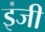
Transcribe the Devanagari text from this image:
इंजी